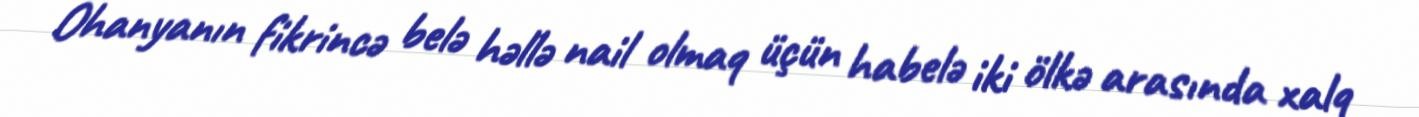
Ohanyanın fikrincə belə həllə nail olmaq üçün habelə iki ölkə arasında xalq